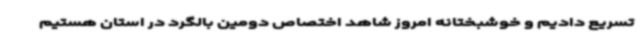
تسریع دادیم و خوشبختانه امروز شاهد اختصاص دومین بالگرد در استان هستیم